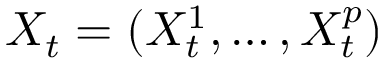
X _ { t } = ( X _ { t } ^ { 1 } , \ldots , X _ { t } ^ { p } )